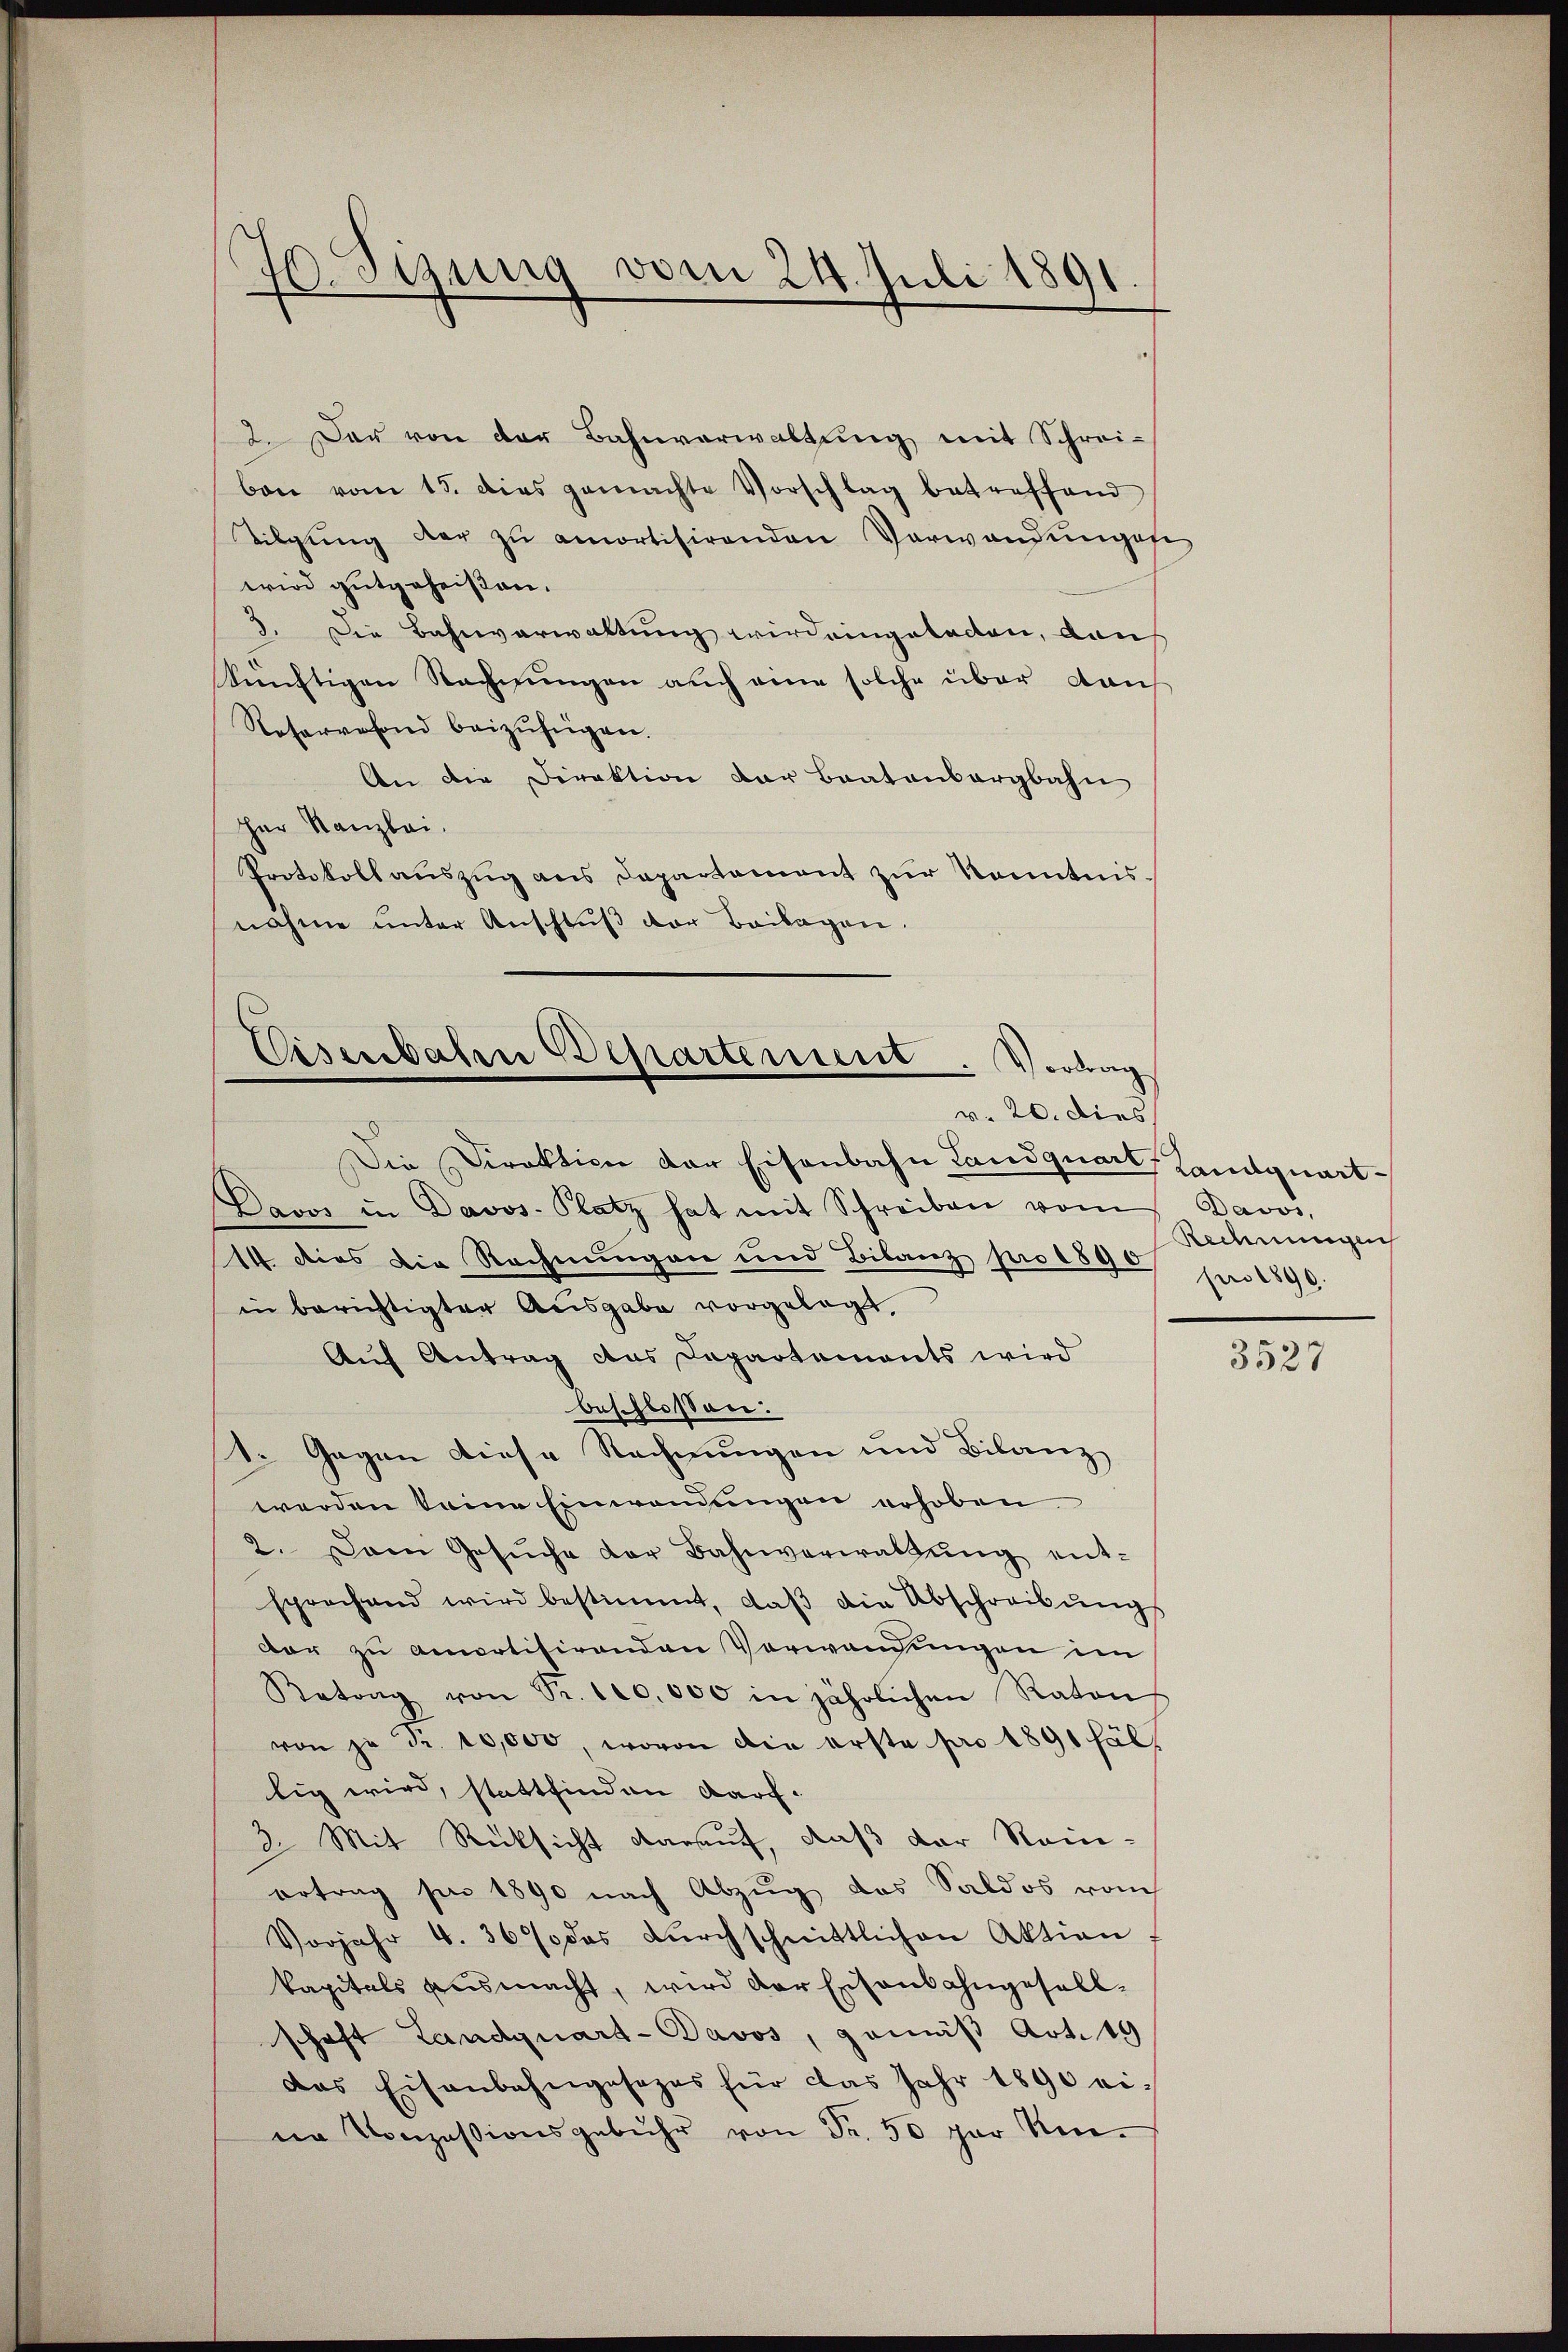
Jo. Sizung vom 24. Juli 1891.

2. Der von der Bahnverwaltung mit Schreiben vom 15. dies gemachte Vorschlag betreffend
Tilgung der zŭ amortisirenden Verwandŭngsfe
wird gutgeheißen.
3. Die Bahnverwaltung wird eingeladen, dann
künftigen Rechnungen auch eine solche über dau
Reservefond beizufügen.
An die Direktion der Baatenbergbahn
Her Kanzlei.
Protokoll aŭszŭg ans Departement zŭr Kenntnisnahme unter Anschluß der Beilagen.

Eisenbahn Besartement. Vortrag
v. 20. dies

Die Direktion der Eisenbahn Landquart, Kantquart¬
Davos in Davos- Platz hat mit Schreiben vom
14. dies die Rechnungen und Bilanz pro 1890 pro 1890
in berichtigter Ausgabe vorgelegt,
Auf Antrag das Departaments wird
beschlossen:
1. Gegen diese Rechnungen und Bilanz
werden keine Einwendungen erhoben.
2. Dann Gesŭche der Bahnverwaltŭng ent-
sprochend wird bestimmt, daβ die Abschreibŭngs
dar zu amortisirenden Verwendungen im
Retrag von Sr. 100,000 in jährlichen Raten
von je Fr. 10,000, wovon die erste pro 1891 fäll
lig wird, stattfinden darf.
2. Mit Rücksicht darauf, daß der Rein-
ertrag pro 1890 nach Abzug das Saldos vom
Vorjahr 4. 367 des dŭrchschnittlichen Aktion
kapitals ausmacht, wird der Eisenbahngesellschaft Landquart-Pavos, gemäß Art. 19
das Eisenbahngesezes für das Jahr 1890 eine Conzessionsgebühr von Fr. 50 par Um-

Davos,
Rechnungeis

3527